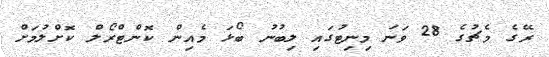
ރޭގެ މެޗުގެ 28 ވަނަ މިނިޓުގައި ލިބުނު ބޯޅަ މެއިން ކޮންޓްރޯލް ކޮށްލުމަށް